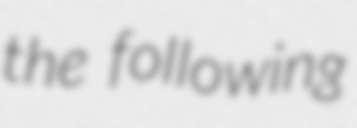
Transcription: the following